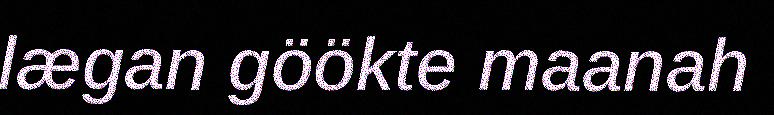
lægan göökte maanah